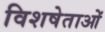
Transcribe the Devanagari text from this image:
विशषेताओं